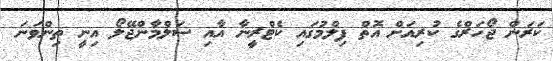
ކަރަން ޖޯހަރްގެ ކުރިއަށް އޮތް ފިލްމުގައި ކެޓްރީނާ އާއި ސަލްމާންޖޭލޯ އިނީ ތިންވަނަ